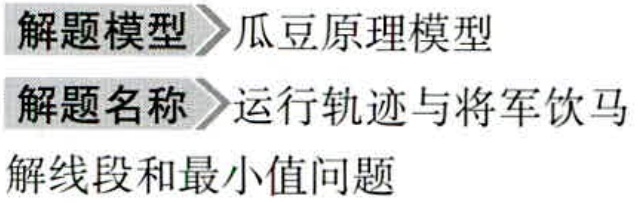
\begin{enumerate}

\item 解题模型 \(\rhd\) 瓜豆原理模型

\item 解题名称 \(\rhd\) 运行轨迹与将军饮马

\item 解线段和最小值问题

\end{enumerate}